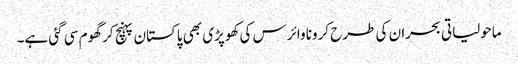
ماحولیاتی بحران کی طرح کرونا وائرس کی کھوپڑی بھی پاکستان پہنچ کر گھوم سی گئی ہے۔